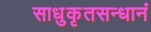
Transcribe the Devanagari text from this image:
साधुकृतसन्धानं